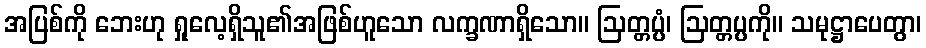
အပြစ်ကို ဘေးဟု ရှုလေ့ရှိသူ၏အဖြစ်ဟူသော လက္ခဏာရှိသော။ ဩတ္တပ္ပံ၊ ဩတ္တပ္ပကို။ သမုဋ္ဌာပေတွာ၊